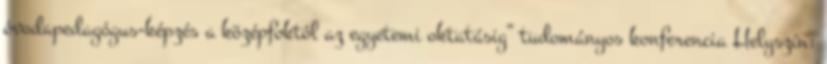
óvodapedagógus-képzés a középfoktól az egyetemi oktatásig” tudományos konferencia Helyszín: